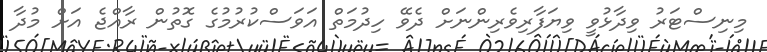
މިނިސްޓަރު ވިދާޅުވީ ވިޔަފާރިވެރިންނަށް ދެވޭ ހިދުމަތް އަވަސްކުރުމުގެ ގޮތުން ރާއްޖެ އަށް މުދާ